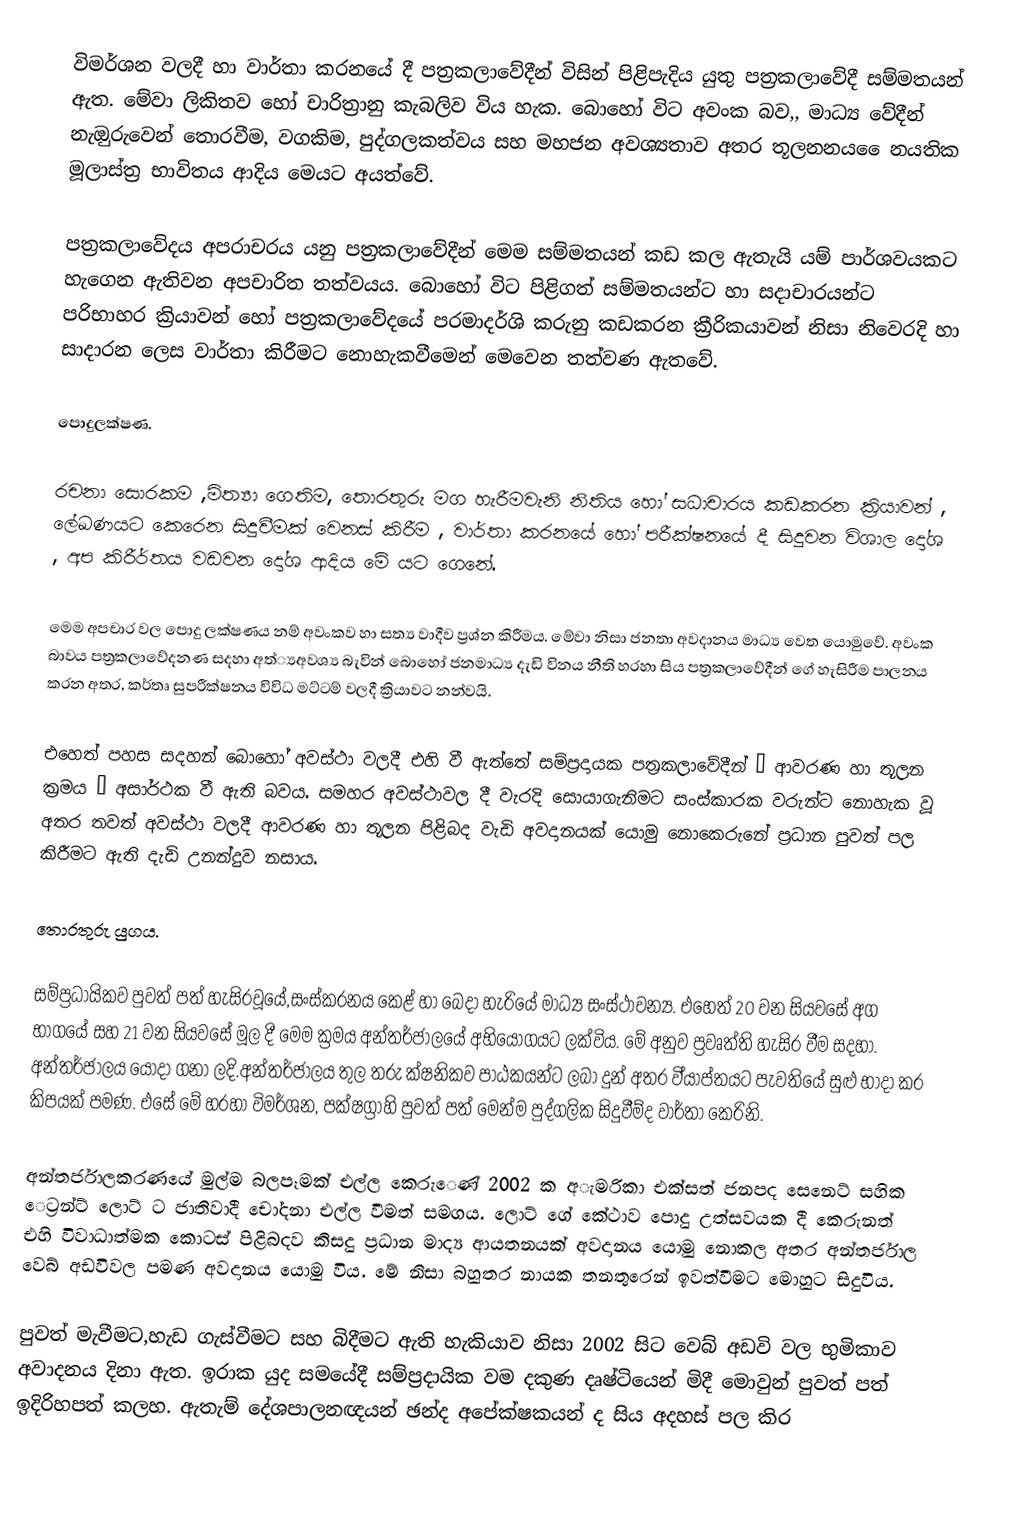
විමර්ශන වලදී හා වාර්තා කරනයේ දී පත්‍රකලාවේදීන් විසින් පිළිපැදිය යුතු පත්‍රකලාවේදී සම්මතයන් ඇත. මේවා ලිකිතව හෝ චාරිත්‍රානු කැබලිව විය හැක.  බොහෝ විට අවංක බව,, මාධ්‍ය වේදීන් නැඔුරුවෙන්  තොරවීම, වගකිම, පුද්ගලකත්වය සහ මහජන අවශ්‍යතාව අතර තූලනනය ෙෙනයතික මූලාස්ත්‍ර භාවිතය ආදිය මෙයට අයත්වේ.

  පත්‍රකලාවේදය අපරාචරය යනු පත්‍රකලාවේදීන් මෙම සම්මතයන් කඩ කල ඇතැයි යම් පාර්ශවයකට හැගෙන  ඇතිවන අපචාරිත තත්වයය. බොහෝ විට පිළිගත් සම්මතයන්ට හා සදාචාරයන්ට පරිභාහර ක්‍රියාවන් හෝ පත්‍රකලාවේදයේ පරමාදර්ශි කරුනු කඩකරන ක්‍රීරිකයාවන් නිසා නිවෙරදි හා සාදාරන ලෙස වාර්තා කිරීමට නොහැකවීමෙන් මෙවෙන තත්වණ ඇතවේ.

පොදුලක්ෂණ.

රචනා සොරකම ,මිත්‍යා ගෙතිම, තොරතුරු මග හැරීමවැනි නිතිය හෝ සධාචාරය කඩකරන ක්‍රියාවන් , ලේඛණයට කෙරෙන සිදුවීමක් වෙනස් කිරීම , වාර්තා කරනයේ හෝ පරීක්ෂනයේ දී සිදුවන විශාල දෝශ , අප කිරීර්තය වඩවන දෝශ ආදිය මේ යට ගෙනේ.

මෙම අපචාර වල පොදු ලක්ෂණය නම් අවංකව හා සත්‍ය වාදීව ප්‍රශ්න කිරීමය. මේවා නිසා ජනතා අවදානය මාධ්‍ය වෙත යොමුවේ. අවංක බාවය පත්‍රකලාවේදනණ සදහා අත්්‍යඅවශ්‍ය බැවින් බොහෝ ජනමාධ්‍ය දැඩි විනය නීති හරහා සිය පත්‍රකලාවේදීන් ගේ හැසිරීම පාලනය කරන අතර, කර්තෘ සුපරීක්ෂනය විවිධ මට්ටම්  වලදී ක්‍රියාවට නන්වයි.

එහෙත් පහස සදහන් බොහෝ අවස්ථා වලදී එහි වී ඇත්තේ සම්ප්‍රදායක පත්‍රකලාවේදීන් “ ආවරණ හා තූලන ක්‍රමය ” අසාර්ථක වී ඇති බවය.  සමහර අවස්ථාවල දී වැරදි සොයාගැනිමට සංස්කාරක වරුන්ට නොහැක වූ අතර තවත් අවස්ථා වලදී ආවරණ හා තූලන පිළිබද වැඩි අවදානයක් යොමු නොකෙරුනේ ප්‍රධාන පුවත් පල කිරීමට ඇති දැඩි උනන්දුව නසාය.

තොරතුරු  යුගය.

සම්ප්‍රධායිකව පුවත් පත් හැසිරවූයේ,සංස්කරනය කෙළ් හා බෙදා හැරියේ මාධ්‍ය සංස්ථාවන්‍ය. එහෙත් 20 වන සියවසේ අග භාගයේ සහ 21 වන සියවසේ මූල දී මෙම ක්‍රමය අන්තර්ජාලයේ අභියෝගයට ලක්විය. මේ අනුව ප්‍රවෘත්ති  හැසිර වීම සදහා. අන්තර්ජාලය යොදා ගනා ලදි.අන්තර්ජාලය තුල තරු ක්ෂනිකව පාඨකයන්ට ලබා දුන් අතර වි්‍යාප්තයට පැවතියේ සුළු භාදා කර කිපයක් පමණ. එසේ මේ හරහා විමර්ශන, පක්ෂග්‍රාහි පුවත් පත් මෙන්ම පුද්ගලික සිදුවීම්ද වාර්තා කෙරිනි.

අන්තර්ජාලකරණයේ මුල්ම බලපෑමක් එල්ල කෙරුෙණ් 2002 ක අැමරිකා එක්සත් ජනපද සෙනෙට් සහික ෙට්‍රන්ට් ලොට් ට ජාතිවාදී චෝදනා එල්ල වීමත් සමගය. ලොට් ගේ කේථාව පොදු උත්සවයක දී කෙරුනත් එහි විවාධාත්මක කොටස් පිළිබදව කිසදු ප්‍රධාන මාද්‍ය ආයතනයක් අවදානය යොමු නොකල අතර  අන්තර්ජාල වෙබ් අඩවිවල පමණ අවදානය යොමු විය. මේ නිසා බහුතර නායක තනතුරෙන් ඉවත්වීමට මොහුට සිදුවිය.

පුවත් මැවීමට,හැඩ ගැස්වීමට සහ බිදීමට ඇති හැකියාව නිසා 2002 සිට වෙබ් අඩවි වල භුමිකාව අවාදනය දිනා ඇත. ඉරාක යුද සමයේදී සම්ප්‍රදායික වම දකුණ දෘෂ්ටියෙන් මිදී මොවුන් පුවත් පත් ඉදිරිහපත් කලහ. ඇතැම් දේශපාලනඥයන් ඡන්ද අපේක්ෂකයන් ද සිය අදහස් පල කිර